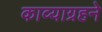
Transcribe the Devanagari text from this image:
काव्याग्रहने